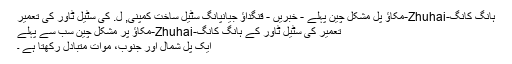
ہانگ کانگ-Zhuhai-مکاؤ پل مشکل چین پہلے - خبریں - قنگداؤ جیانپانگ سٹیل ساخت کمپنی, ل. کی سٹیل ٹاور کی تعمیر
تعمیر کی سٹیل ٹاور کے ہانگ کانگ-Zhuhai-مکاؤ پُر مشکل چین سب سے پہلے
ایک پل شمال اور جنوب، موات متبادل رکھتا ہے ۔